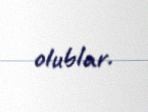
olublar.